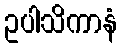
ဥပါသိကာနံ